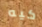
كيه